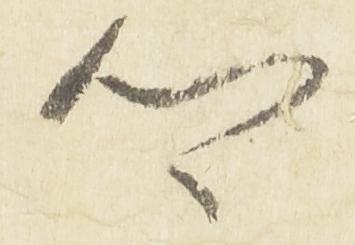
郷